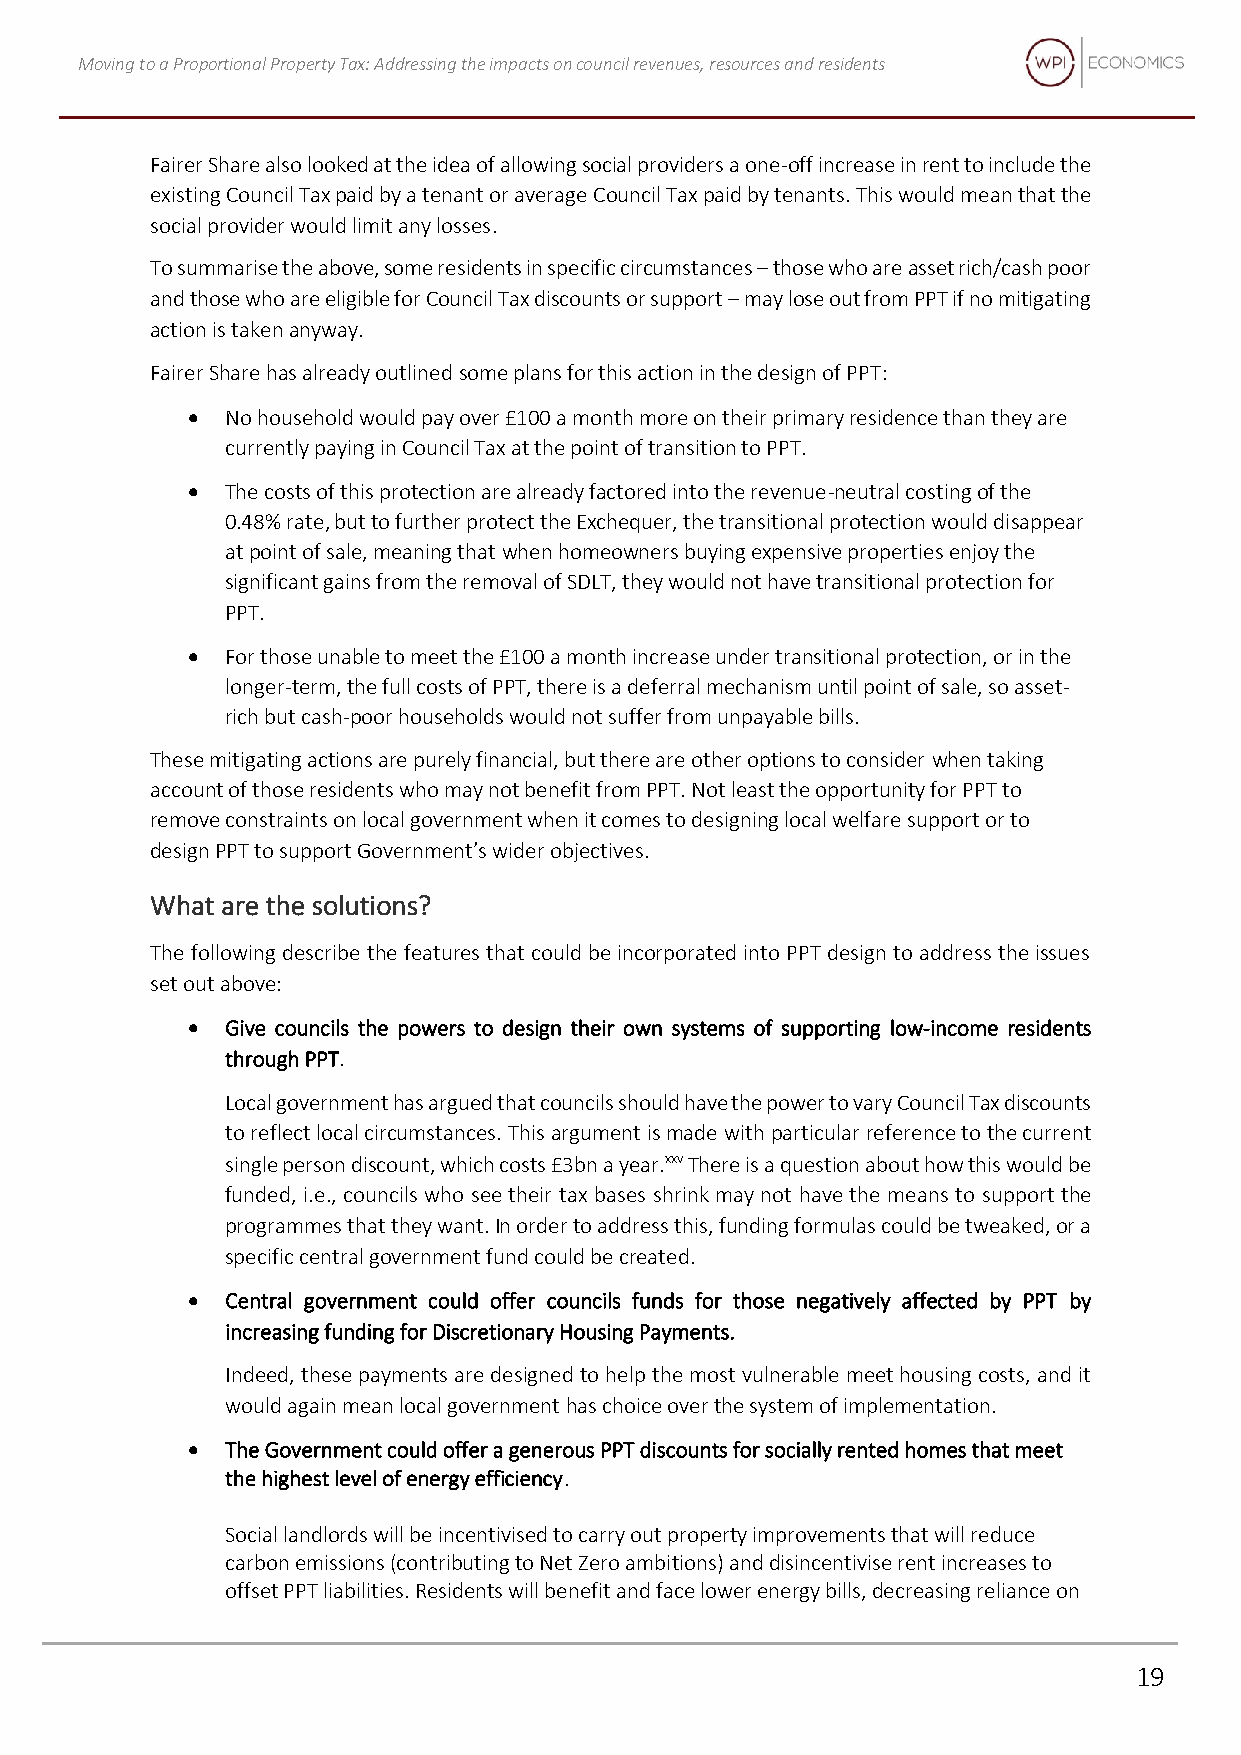
Moving to a Proportional Property Tax: Addressing the impacts on council revenues, resources and residents
 Fairer Share also looked at the idea of allowing social providers a one-off increase in rent to include the
 existing Council Tax paid by a tenant or average Council Tax paid by tenants. This would mean that the
 social provider would limit any losses.
 To summarise the above, some residents in specific circumstances – those who are asset rich/cash poor
 and those who are eligible for Council Tax discounts or support – may lose out from PPT if no mitigating
 action is taken anyway.
 Fairer Share has already outlined some plans for this action in the design of PPT:
 •  No household would pay over £100 a month more on their primary residence than they are
 currently paying in Council Tax at the point of transition to PPT.
 •  The costs of this protection are already factored into the revenue-neutral costing of the
 0.48% rate, but to further protect the Exchequer, the transitional protection would disappear
 at point of sale, meaning that when homeowners buying expensive properties enjoy the
 significant gains from the removal of SDLT, they would not have transitional protection for
 PPT.
 •  For those unable to meet the £100 a month increase under transitional protection, or in the
 longer-term, the full costs of PPT, there is a deferral mechanism until point of sale, so asset-
 rich but cash-poor households would not suffer from unpayable bills.
 These mitigating actions are purely financial, but there are other options to consider when taking
 account of those residents who may not benefit from PPT. Not least the opportunity for PPT to
 remove constraints on local government when it comes to designing local welfare support or to
 design PPT to support Government’s wider objectives.
 What are the solutions?
 The following describe the features that could be incorporated into PPT design to address the issues
 set out above:
 •  Give councils the powers to design their own systems of supporting low-income residents
 through PPT.
 Local government has argued that councils should have the power to vary Council Tax discounts
 to reflect local circumstances. This argument is made with particular reference to the current
 single person discount, which costs £3bn a year.xxv There is a question about how this would be
 funded, i.e., councils who see their tax bases shrink may not have the means to support the
 programmes that they want. In order to address this, funding formulas could be tweaked, or a
 specific central government fund could be created.
 •  Central government could offer councils funds for those negatively affected by PPT by
 increasing funding for Discretionary Housing Payments.
 Indeed, these payments are designed to help the most vulnerable meet housing costs, and it
 would again mean local government has choice over the system of implementation.
 •  The Government could offer a generous PPT discounts for socially rented homes that meet
 the highest level of energy efficiency.
 Social landlords will be incentivised to carry out property improvements that will reduce
 carbon emissions (contributing to Net Zero ambitions) and disincentivise rent increases to
 offset PPT liabilities. Residents will benefit and face lower energy bills, decreasing reliance on
 19